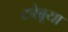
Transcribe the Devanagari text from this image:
टबेबूया